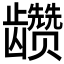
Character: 𲎫